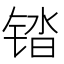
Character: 𰾓